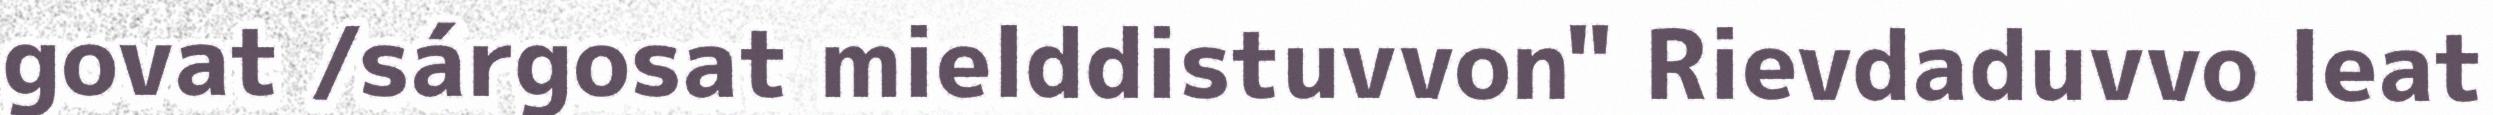
govat /sárgosat mielddistuvvon" Rievdaduvvo leat